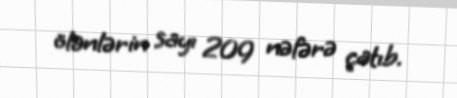
ölənlərin sayı 209 nəfərə çatıb.